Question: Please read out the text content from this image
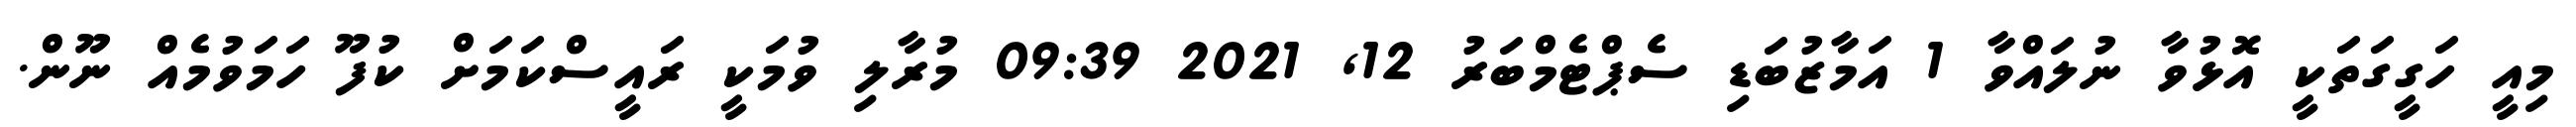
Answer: މިއީ ހަގީގަތަކީ އޮޅުވާ ނުލައްވާ 1 އަމާޒުބަޑި ސެޕްޓެމްބަރު 12, 2021 09:39 މުރާލި ވުމަކީ ރައީސްކަމަށް ކުފޫ ހަމަވުމެއް ނޫން.